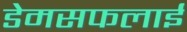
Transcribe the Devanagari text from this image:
डेमसफलाई